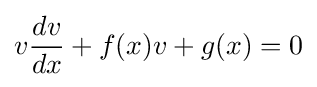
v{dv \over dx}+f(x)v+g(x)=0